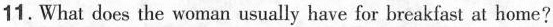
11.What does the woman usually have for breakfast at home?